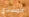
المشتري